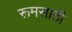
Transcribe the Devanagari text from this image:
रूमसाठी